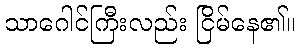
သာဂေါင်ကြီးလည်း ငြိမ်နေ၏။